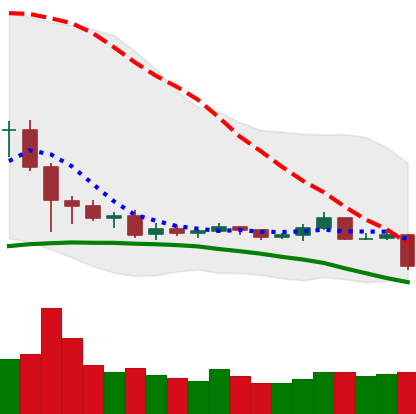
Ticker: TRX-USD
Chart end date: 2019-08-09
Forward return: -10.536%
Label: down_7plus